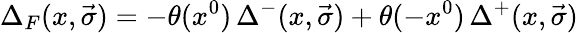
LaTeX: {\Delta}_{F}(x,\vec{\sigma})=-\theta(x^{0})\, {\Delta}^{-}(x,\vec{\sigma})+\theta(-x^{0})\, {\Delta}^{+}(x,\vec{\sigma})